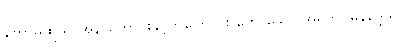
ကောဓထူသူ အနာဟောင်းနှင့်တူကြောင်း ဟောသော အရုကူပမနိဒ္ဒေသ။